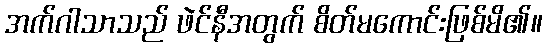
အက်ဂါသာသည် ဖဲင်နီအတွက် စိတ်မကောင်းဖြစ်မိ၏။